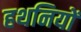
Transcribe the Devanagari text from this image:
हथनियों